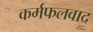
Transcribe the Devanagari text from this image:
कर्मफलवाद